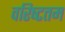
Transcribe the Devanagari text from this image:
वरिष्‍टतम